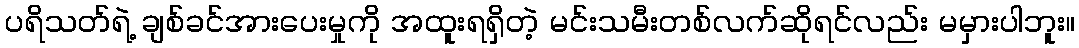
ပရိသတ်ရဲ့ ချစ်ခင်အားပေးမှုကို အထူးရရှိတဲ့ မင်းသမီးတစ်လက်ဆိုရင်လည်း မမှားပါဘူး။